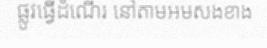
ផ្លូវធ្វើដំណើរ នៅតាមអមសងខាង